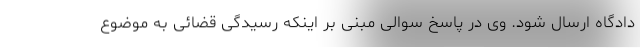
دادگاه ارسال شود. وی در پاسخ سوالی مبنی بر اینکه رسیدگی قضائی به موضوع